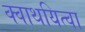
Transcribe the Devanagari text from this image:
क्वाथयित्वा